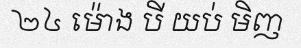
២៤ ម៉ោង បី យប់ មិញ